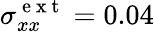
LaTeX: \sigma_{xx}^{\mathrm{~e~x~t~}}=0.04